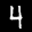
Label: 4